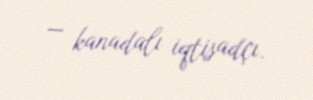
— kanadalı iqtisadçı.